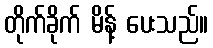
တိုက်ခိုက် မိန့် ပေးသည်။